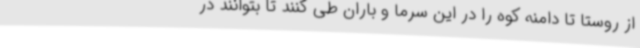
از روستا تا دامنه کوه را در این سرما و باران طی کنند تا بتوانند در